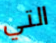
التي